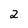
Character: 2